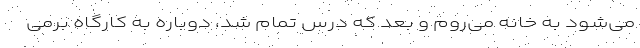
می‌شود به خانه می‌روم و بعد که درس تمام شد، دوباره به کارگاه برمی